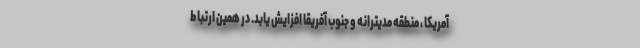
آمریکا ، منطقه مدیترانه و جنوب آفریقا افزایش یابد. در همین ارتباط